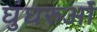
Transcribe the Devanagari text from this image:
घुंघरुओं